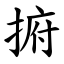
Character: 捬